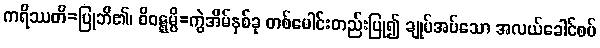
ကရိဿတိ=ပြုဘိ၏၊ ဝိဝဋ္ဋမ္ပိ=ကွဲအိမ်နှစ်ခု တစ်ပေါင်းတည်းပြု၍ ချုပ်အပ်သော အလယ်ခေါင်စပ်